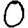
Digit: 0